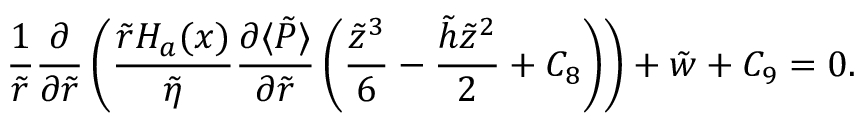
\frac { 1 } { \tilde { r } } \frac { \partial } { \partial \tilde { r } } \left( \frac { \tilde { r } H _ { a } ( x ) } { \tilde { \eta } } \frac { \partial \langle \tilde { P } \rangle } { \partial \tilde { r } } \left( \frac { \tilde { z } ^ { 3 } } { 6 } - \frac { \tilde { h } \tilde { z } ^ { 2 } } { 2 } + C _ { 8 } \right) \right) + \tilde { w } + C _ { 9 } = 0 .